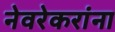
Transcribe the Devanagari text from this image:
नेवरेकरांना